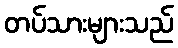
တပ်သားများသည်